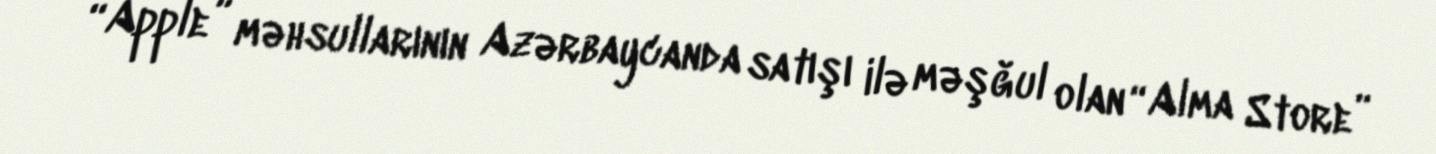
“Apple” məhsullarının Azərbaycanda satışı ilə məşğul olan “Alma Store”